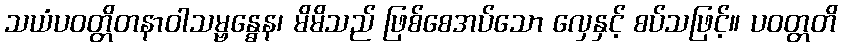
သယံပဝတ္တိတနာဝါသမ္ဗန္ဓေန၊ မိမိသည် ဖြစ်စေအပ်သော လှေနှင့် စပ်သဖြင့်။ ပဝတ္တတိ